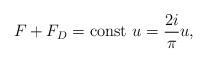
LaTeX: \begin{align*}F+F_D= \mbox{const}\ u =\frac{2i}{\pi} u,\end{align*}